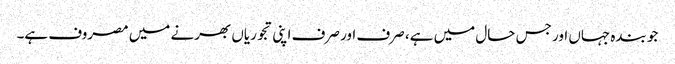
جو بندہ جہاں اور جس حال میں ہے، صرف اور صرف اپنی تجوریاں بھرنے میں مصروف ہے۔